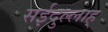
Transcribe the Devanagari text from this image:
सईदुल्लाह्